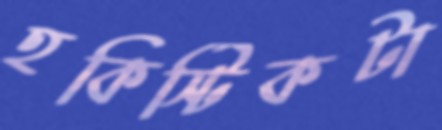
হকিস্টিকটা